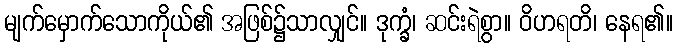
မျက်မှောက်သောကိုယ်၏ အဖြစ်၌သာလျှင်။ ဒုက္ခံ၊ ဆင်းရဲစွာ။ ဝိဟရတိ၊ နေရ၏။